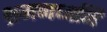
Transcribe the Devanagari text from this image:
भ्रमणध्वनि